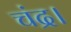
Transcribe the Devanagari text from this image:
चंद्र।